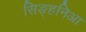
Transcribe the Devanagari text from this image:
सिङ्हनिआ